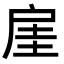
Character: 𫼋